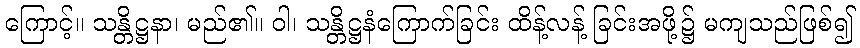
ကြောင့်။ သန္တိဋ္ဌနာ၊ မည်၏။ ဝါ၊ သန္တိဋ္ဌနံကြောက်ခြင်း ထိန့်လန့် ခြင်းအဖို့၌ မကျသည်ဖြစ်၍